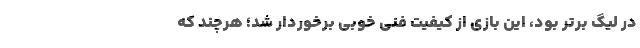
در لیگ برتر بود، این بازی از کیفیت فنی خوبی برخوردار شد؛ هرچند که